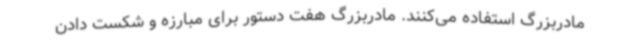
مادربزرگ استفاده می‌کنند. مادربزرگ هفت دستور برای مبارزه و شکست دادن